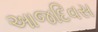
આજદિવસ